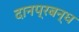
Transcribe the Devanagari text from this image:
दानप्रबन्ध